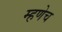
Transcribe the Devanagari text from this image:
म्हणेच